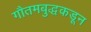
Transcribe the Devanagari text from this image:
गौतमबुद्धकडून